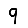
Digit: 9